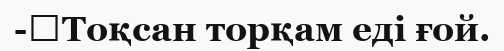
-	Тоқсан торқам еді ғой.